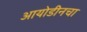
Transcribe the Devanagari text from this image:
आयोडीनचा